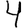
Digit: 4